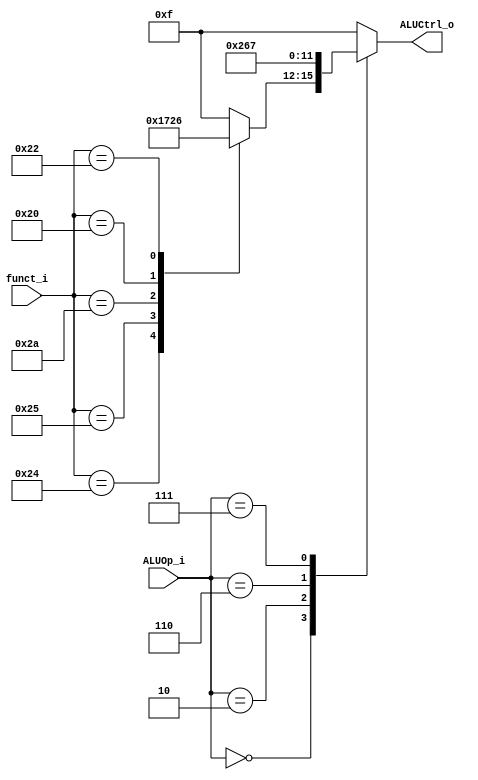
//Subject:     Architecture project 2 - ALU Controller
//--------------------------------------------------------------------------------
//Version:     1
//--------------------------------------------------------------------------------
//Writer:      
//----------------------------------------------
//Date:        
//----------------------------------------------
//Description: 
//--------------------------------------------------------------------------------

module ALU_Ctrl(
          funct_i,
          ALUOp_i,
          ALUCtrl_o
          );
          
//I/O ports 
input      [6-1:0] funct_i;
input      [3-1:0] ALUOp_i;

output     [4-1:0] ALUCtrl_o;    
     
//Internal Signals
reg        [4-1:0] ALUCtrl_o;

//Parameter


//Select exact operation, please finish the following code
always@(funct_i or ALUOp_i) begin
    case(ALUOp_i)
        3'b000: 
            begin
                case(funct_i)
                    6'b100100: ALUCtrl_o = 4'b0000; // AND 
                    6'b100101: ALUCtrl_o = 4'b0001; // OR
					6'b101010: ALUCtrl_o = 4'b0111; // SLT
					6'b100000: ALUCtrl_o = 4'b0010; // ADD
					6'b100010: ALUCtrl_o = 4'b0110; // SUB
					default: ALUCtrl_o = 4'b1111;
                endcase
            end
		3'b010: 
            begin
                ALUCtrl_o = 4'b0010; // lw sw addi
            end
		3'b110: 
		    begin
			    ALUCtrl_o = 4'b0110; // beq
			end
		3'b111: 
		    begin
			    ALUCtrl_o = 4'b0111; // slti
			end
        default: ALUCtrl_o = 4'b1111;
    endcase
end
endmodule